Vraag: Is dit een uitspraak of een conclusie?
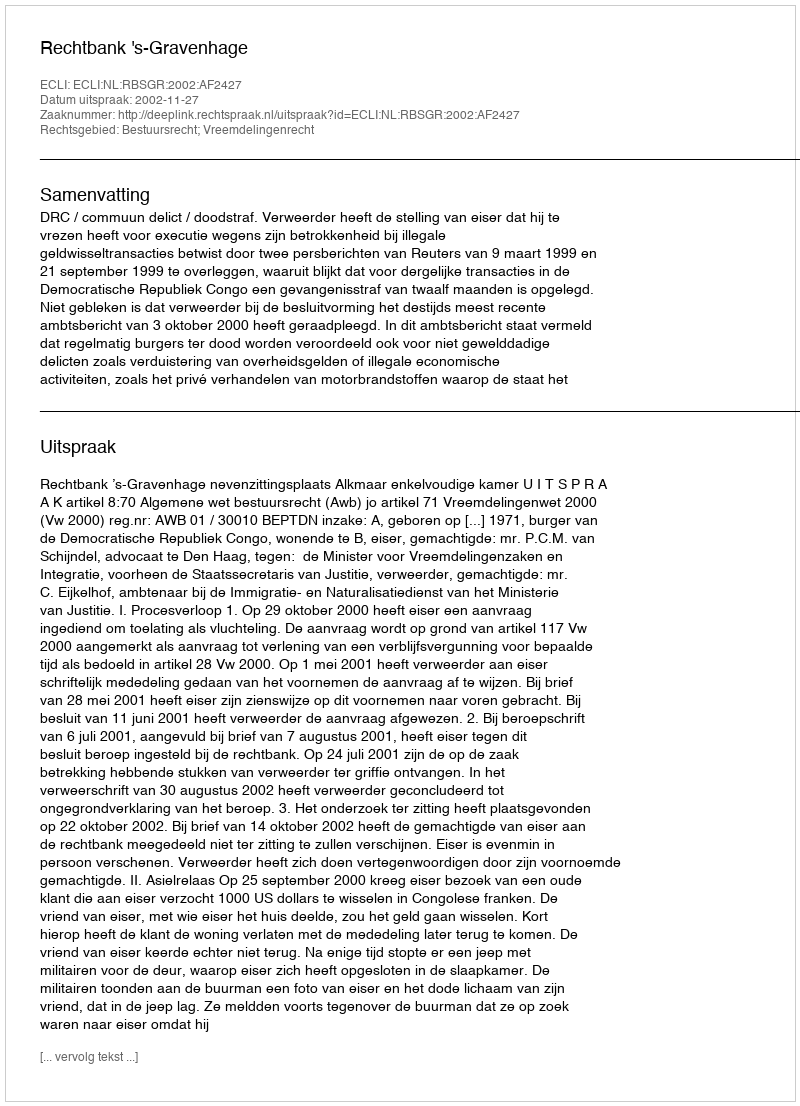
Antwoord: Uitspraak